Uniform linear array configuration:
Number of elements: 4
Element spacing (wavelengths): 0.5
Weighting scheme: kaiser
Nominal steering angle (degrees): -45
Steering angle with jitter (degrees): -43.903
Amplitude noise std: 0.05
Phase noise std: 0.05

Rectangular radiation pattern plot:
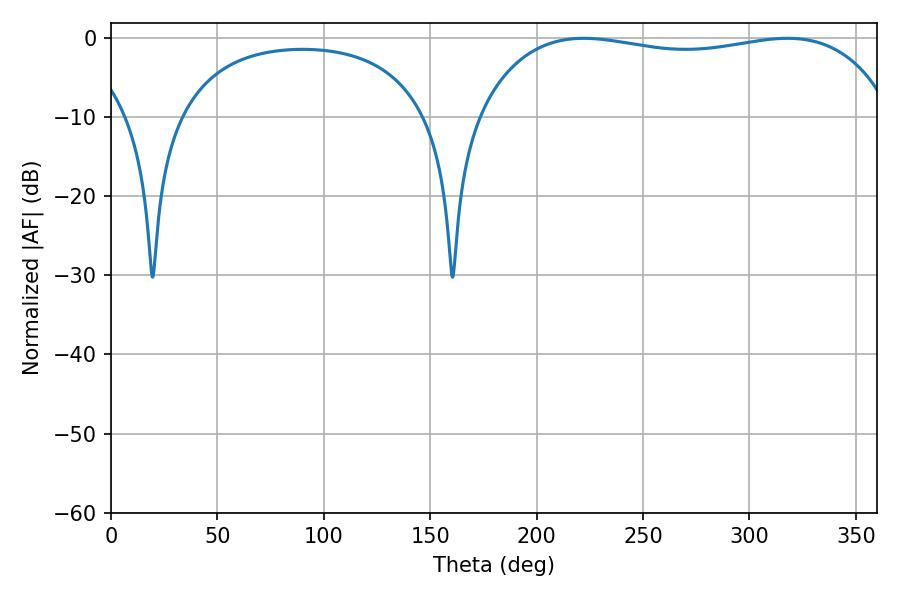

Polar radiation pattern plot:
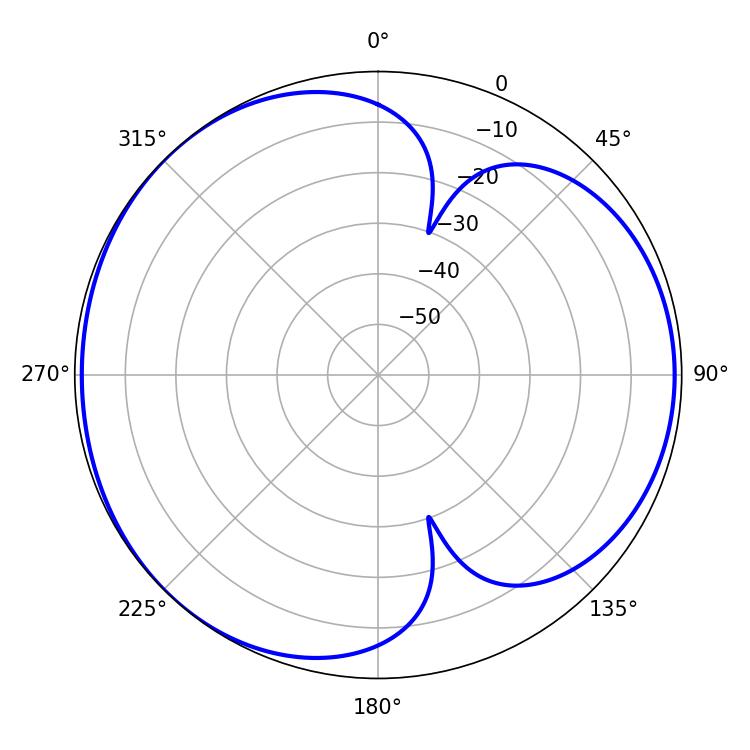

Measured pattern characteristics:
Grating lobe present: FALSE
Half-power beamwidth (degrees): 157.68
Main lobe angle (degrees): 222.12